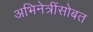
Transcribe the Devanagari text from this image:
अभिनेत्रींसोबत